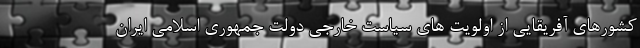
کشورهای آفریقایی از اولویت های سیاست خارجی دولت جمهوری اسلامی ایران